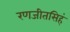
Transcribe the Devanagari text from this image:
रणजीतसिहं